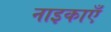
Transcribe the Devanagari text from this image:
नाइकाएँ